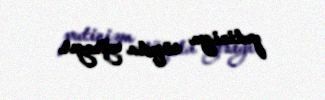
putinizm süquta uğrayır.